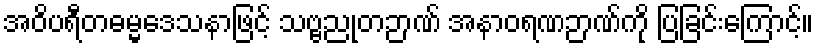
အဝိပရီတဓမ္မဒေသနာဖြင့် သဗ္ဗညုတဉာဏ် အနာဝရဏဉာဏ်ကို ပြခြင်းကြောင့်။